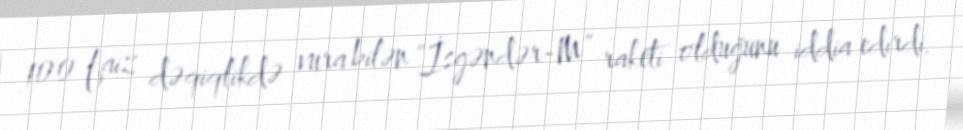
100 faiz dəqiqlikdə vura bilən “İsgəndər-M” raketi olduğunu iddia edirdi.